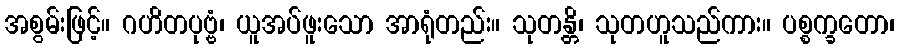
အစွမ်းဖြင့်။ ဂဟိတပုဗ္ဗံ၊ ယူအပ်ဖူးသော အာရုံတည်း။ သုတန္တိ၊ သုတဟူသည်ကား။ ပစ္စက္ခတော၊